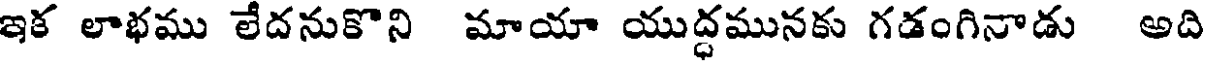
ఇక లాభము లేదనుకొని మాయా యుద్ధమునకు గడంగినాడు అది